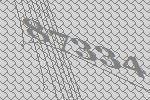
87334